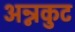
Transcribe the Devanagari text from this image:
अन्नकुट